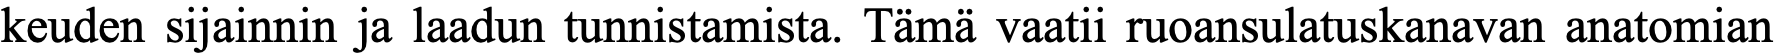
keuden sijainnin ja laadun tunnistamista. Tämä vaatii ruoansulatuskanavan anatomian